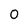
Character: 0